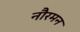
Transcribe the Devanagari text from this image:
नौरमन